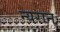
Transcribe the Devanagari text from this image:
न्यरान